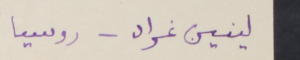
لينين غراد – روسيا